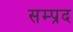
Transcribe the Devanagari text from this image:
सम्प्रद